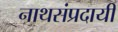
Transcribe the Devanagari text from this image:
नाथसंप्रदायी